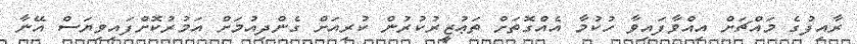
ރާއިފުގެ މައްޗަށް އިއްވާފައިވާ ހުކުމާ އެއްގޮތަށް ތަޢުޒީރުކުރުން ކުރިއަށް ގެންދިއުމަށް އަމުރުކޮށްފައިވިޔަސް އޭނާ